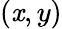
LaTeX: (\mathit{x},y)